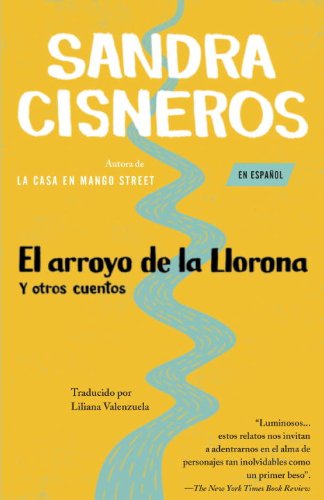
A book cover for El Arroyo de la Llorona y otros cuentos; Sandra Cisneros; Literature & Fiction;